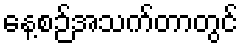
နေ့စဉ်အသက်တာတွင်